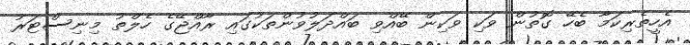
އެހީތެރިކަމާ ބެހޭ ގޮތުން ވަކި ވަކިން ބޭއްވި ބައްދަލުވުންތަކުގައި ރާއްޖޭގެ ހެލްތު މިނިސްޓަރު